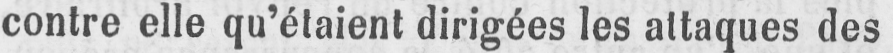
contre elle qu’étaient dirigées les attaques des